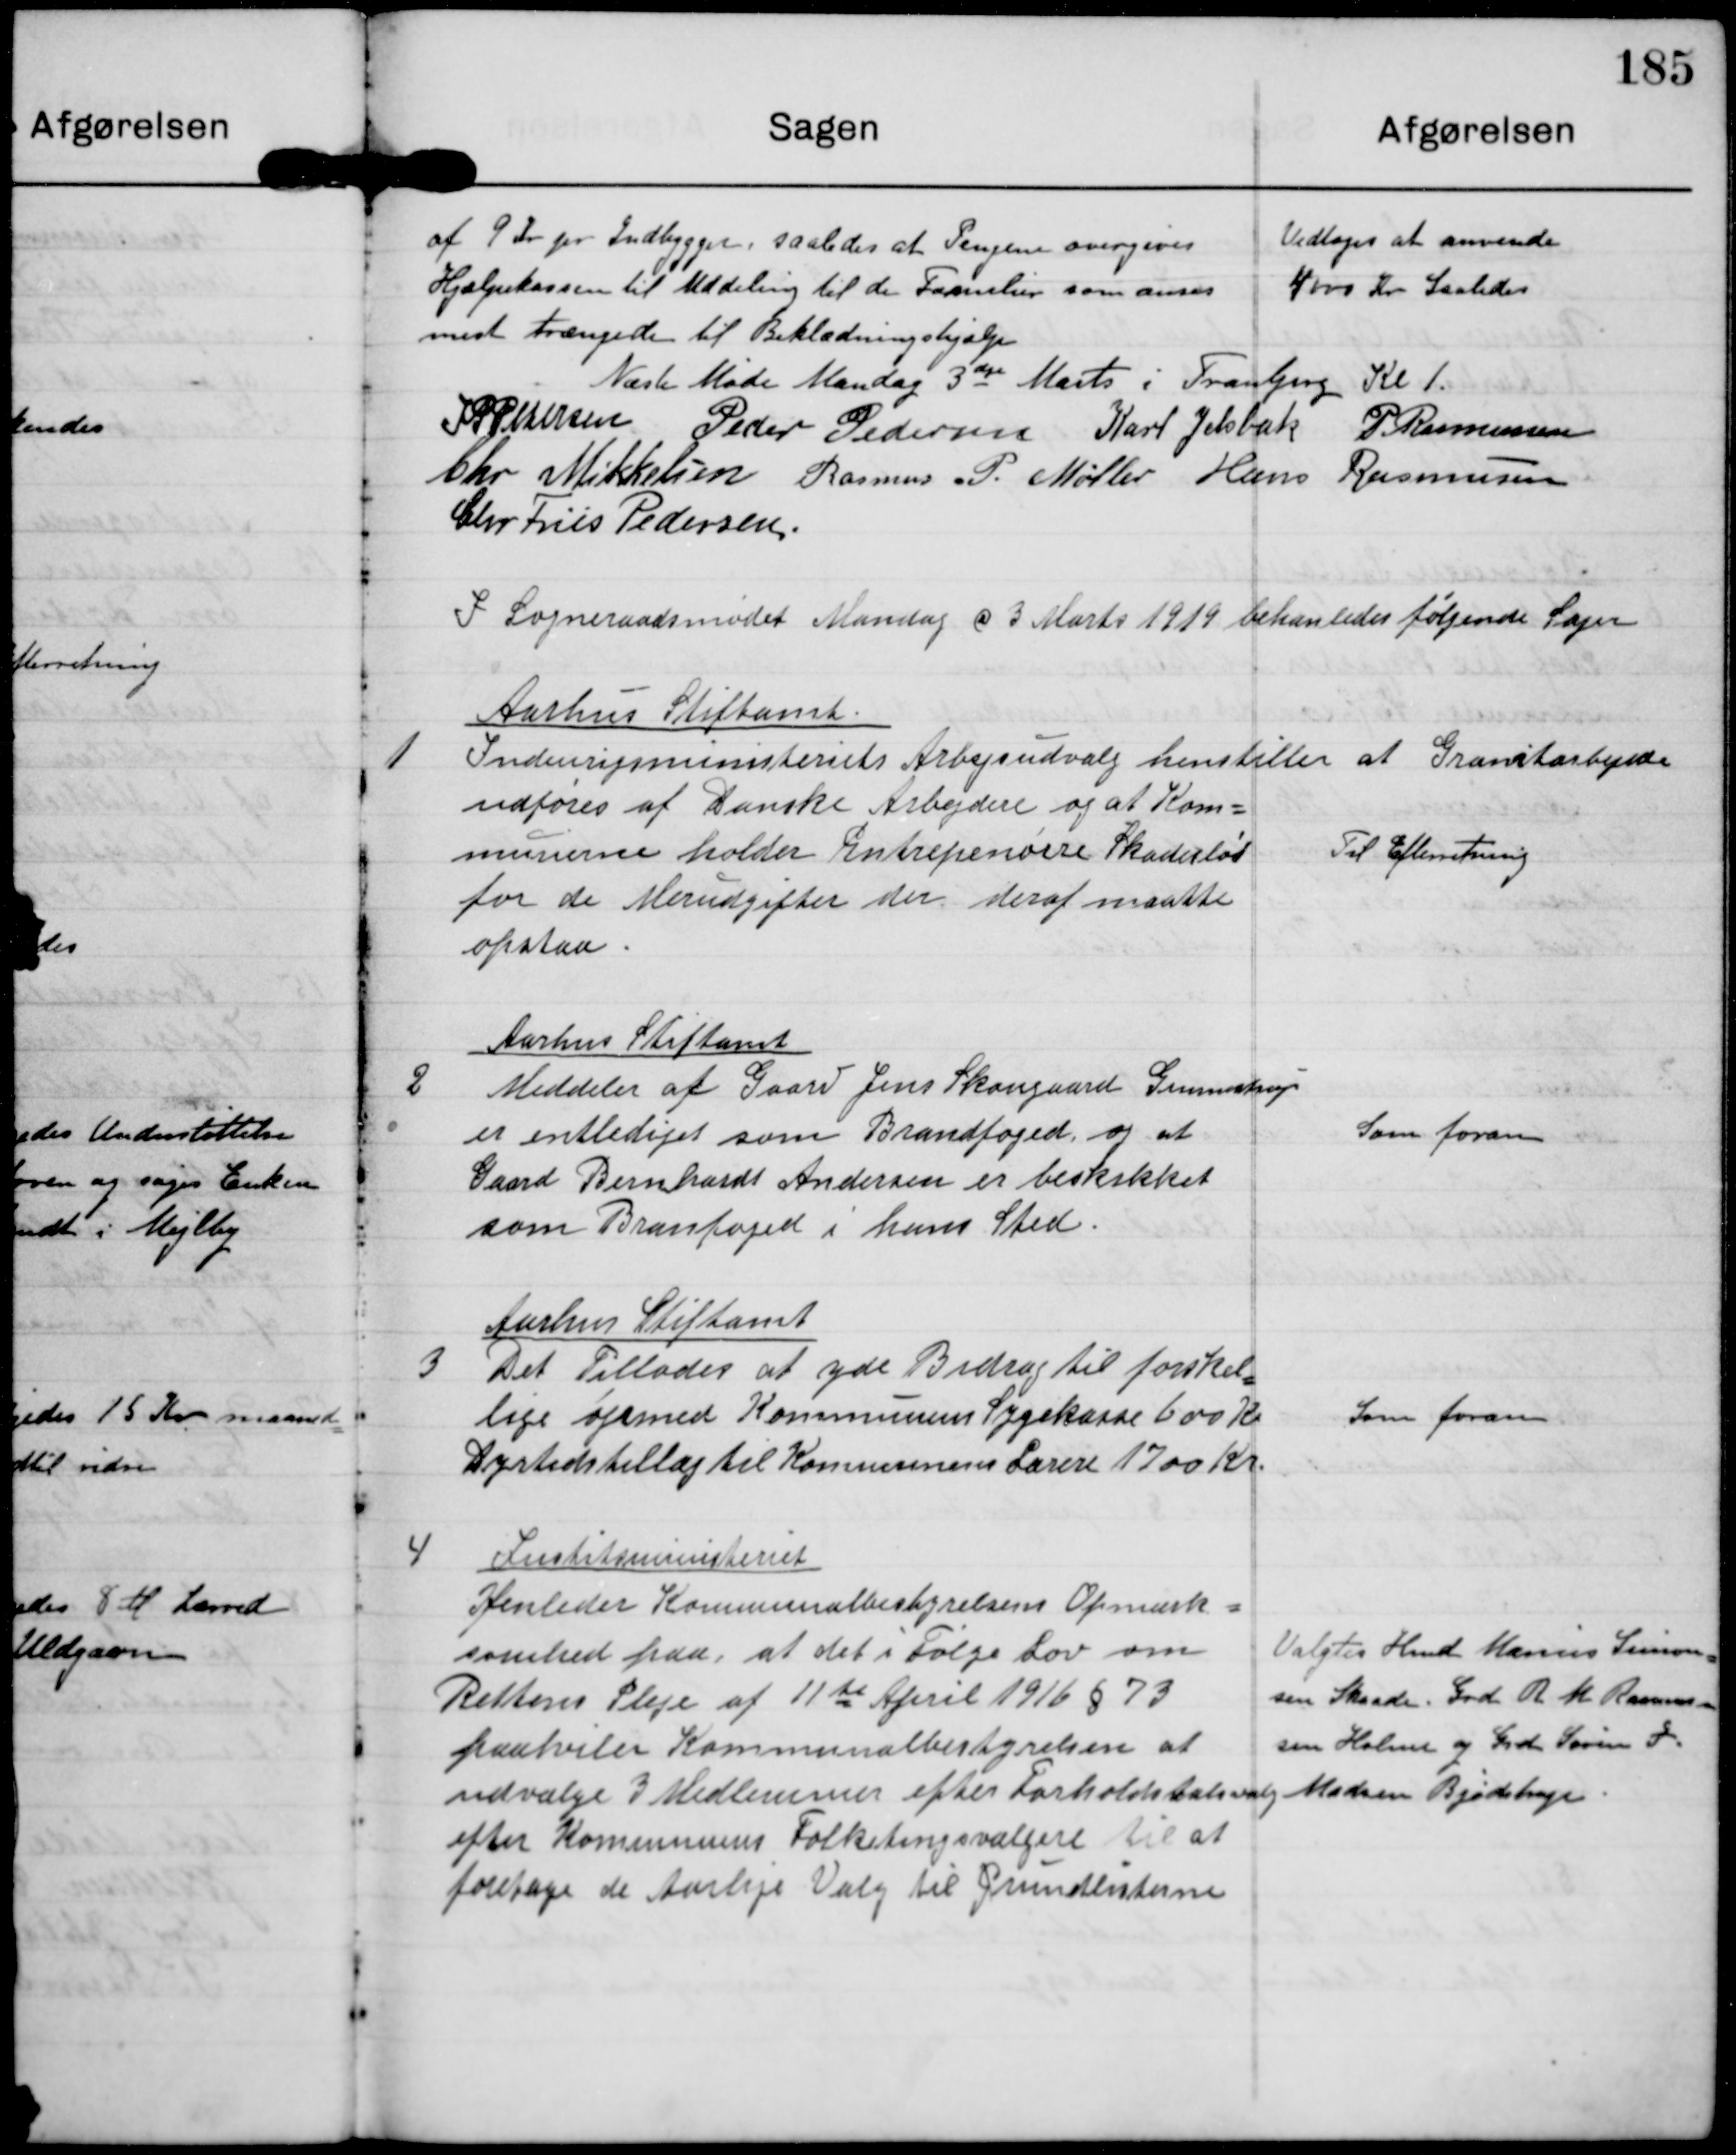
Transskription:
af 9 Kr pr Indbygger saaledes at Pengene overgives
Hjælpekassen til Uddeling til den Familie som anses
mest trængende til Beklædningshjælp

Vedtoges at anvende
4000 Kr Saaledes

Næste Møde Mandag 3die Marts i Tranbjerg Kl. 1

J P Pedersen

Peder Pedersen

Karl Jelsbak

P. Rasmussen

Chr Mikkelsen

Rasmus P. Møller

Hans Rasmussen

Chr Friis Pedersen

I Sogneraadsmødet Mandag d 3 Marts 1919 behanledes følgende Sager

1

Aarhus Stiftamt
Indenrigsministeriets Arbejdsudvalg henstiller at Granitarbejder
udføres af Danske Arbejdere og at Kom-
munerne holder Entrepenøere Skadefri
for de Merudgifter der deraf maate
opstaa

Til Efterretning

2

Aarhus Stiftamt
Meddeler at Gaard Jens Skougaard Gunnestrup
er entlediget som Brandfoged og at
Gaard Bernhardt Andersen er beskikket
som Brandfoged i hans Sted.

Som foran

3

Aarhus Stiftamt
Det Tillades at yde Bidrag til forskel-
lige øjemed Kommunens Sygekasse 600 Kr
Dyrtidstillæg til Kommunens Lærere 1700 Kr.

Som foran

4

Justitsministeriet
Henleder Kommunalbestyrelsens Opmærk-
somhed paa at det i Følge Lov om
Rettens Pleje af 11de April 1916 §73
paahviler Kommunalbestyrelsen at
udvælge 3 Medlemmer efter Forholdstalsvalg
efter Kommunens Folketingsvælgere til at
foretage de Aarlige Valg til Grundlisterne

Valgtes Hmd. Marius Simon-
sen Skaade. Grd. R M Rasmus-
sen Holme og Grd. Søren J
Madsen Bjødstrup